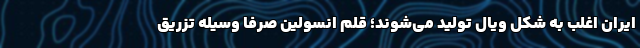
ایران اغلب به شکل ویال تولید می‌شوند؛ قلم انسولین صرفا وسیله تزریق